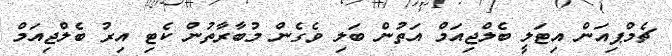
ޗެމްޕިއަން އިޓަލީ ބެލްޖިއަމް އަތުން ބަލި ވެގެން މުބާރާތުން ކެޓި އިރު ބެލްޖިއަމް